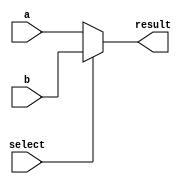
module MUX2_64(
             a, b,       //0 1
             select,
             result);   // output 
parameter N = 64;
input select;
input [N-1:0] a, b;
output [N-1:0] result;
assign result = select == 1'b1 ? b[N-1:0]: a[N-1:0];

endmodule